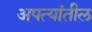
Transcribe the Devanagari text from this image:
अपत्यांतील